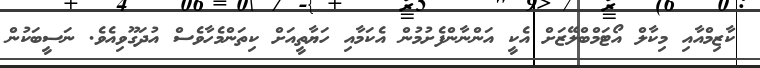
ކާޒިމްއާއި މިކާލް އޯޓަމްބްލޭޒަށް އެކީ އަންނާންފެށުމުން އެކަމާއި ހަޔާތީއަށް ކިތަންމެހާވެސް އުދަގޫވިއެވެ. ނަސީބަކުން